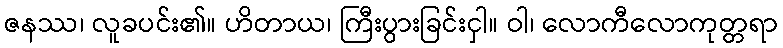
ဇနဿ၊ လူခပင်း၏။ ဟိတာယ၊ ကြီးပွားခြင်းငှါ။ ဝါ၊ လောကီလောကုတ္တရာ